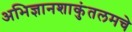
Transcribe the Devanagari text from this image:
अभिज्ञानशाकुंतलमचे